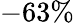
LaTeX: -63\%